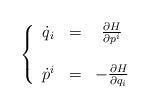
LaTeX: \begin{align*}\left\{\begin{array}{ccc}\dot{q}_i & = & \frac{\partial H}{\partial p^i}\\& &\\\dot{p}^i & = & -\frac{\partial H}{\partial q_i}\\\end{array}\right.\end{align*}